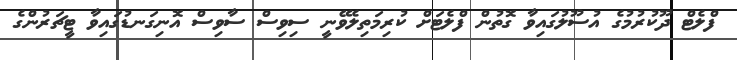
ފްލެޓް ދޫކުރުމުގެ އުސޫލުގައިވާ ގޮތުން ފްލެޓަށް ކުރިމަތިލެވޭނީ ސިވިސް ސާވިސް އޮނިގަނޑުގައިވާ ޓީޗަރުންގެ